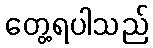
တွေ့ရပါသည်